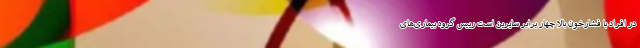
در افراد با فشارخون بالا چهار برابر سایرین است رییس گروه بیماری‌های